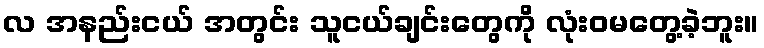
လ အနည်းငယ် အတွင်း သူငယ်ချင်းတွေကို လုံးဝမတွေ့ခဲ့ဘူး။